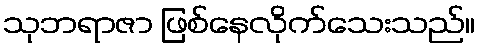
သုဘရာဇာ ဖြစ်နေလိုက်သေးသည်။